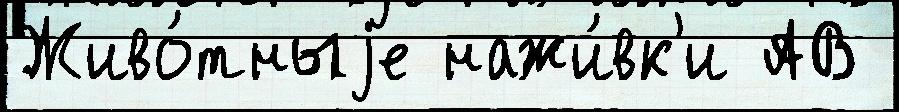
Живо́тныjе нажи́вк'и АВ